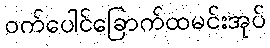
ဝက်ပေါင်ခြောက်ထမင်းအုပ်